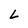
Character: L